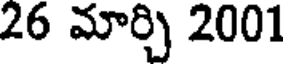
26 మార్చి 2001